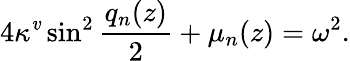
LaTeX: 4\kappa^{\mathit{v}}\sin^{2}\frac{{q_{n}(z)}}{{2}}+\mu_{n}(z)=\omega^{2}.